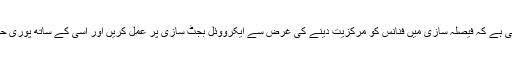
اس رپورٹ میں یہ سفارش بھی کی گئی ہے کہ فیصلہ سازی میں فنانس کو مرکزیت دینے کی غرض سے ایکرووئل بجٹ سازی پر عمل کریں اور اسی کے ساتھ پوری حکومت میں کارکردگی کا انتظام کریں۔